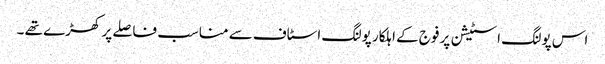
اس پولنگ اسٹیشن پر فوج کے اہلکار پولنگ اسٹاف سے مناسب فاصلے پر کھڑے تھے ۔